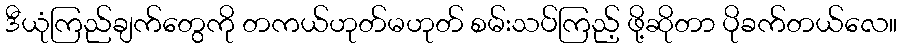
ဒီယုံကြည်ချက်တွေကို တကယ်ဟုတ်မဟုတ် စမ်းသပ်ကြည့် ဖို့ဆိုတာ ပိုခက်တယ်လေ။